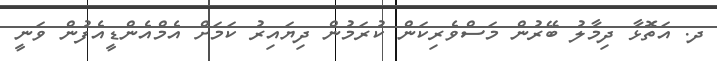
ދ. އަތޮޅާ ދިމާލު ބޭރުން މަސްވެރިކަން ކުރަމުން ދިޔައިރު ކަމަށް އެމްއެންޑީއެފުން ވަނީ